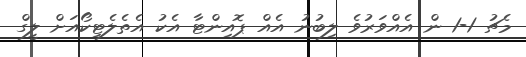
މެޗު 1-1 ން އެއްވަރުވެ ލިބުނު އެއް ޕޮއިންޓާ އެކު އެތެލެޓިކޯއަށް ލީގް